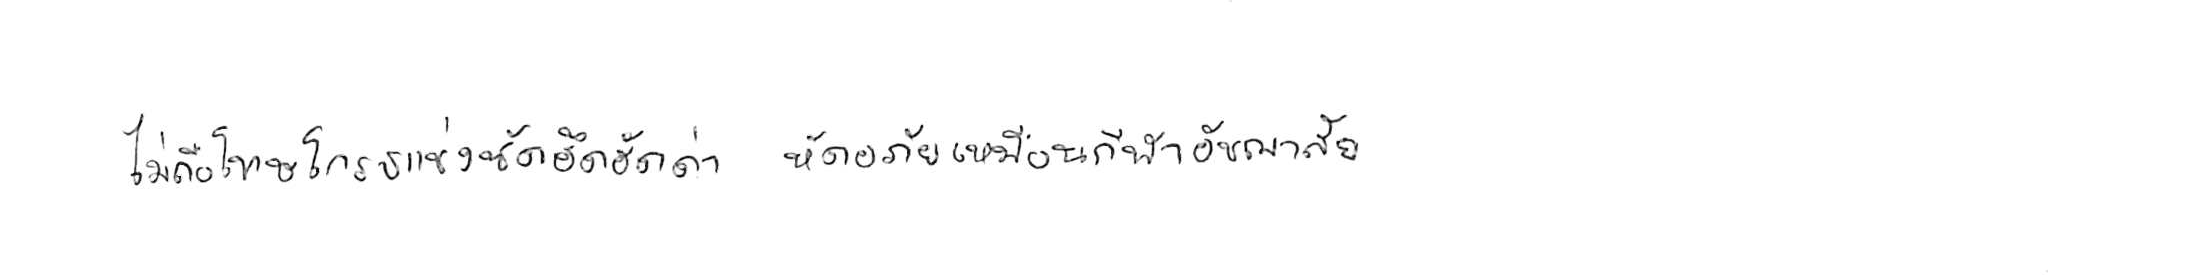
ไม่ถือโทษโกรธแช่งซัดฮึดฮัดด่า หัดอภัยเหมือนกีฬาอัชฌาสัย